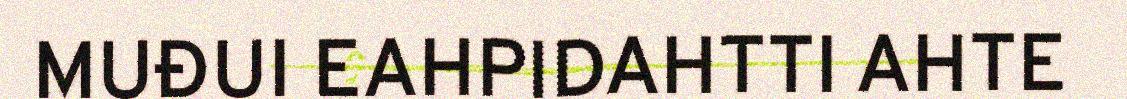
MUĐUI EAHPIDAHTTI AHTE